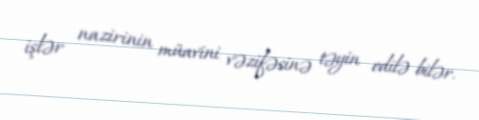
işlər nazirinin müavini vəzifəsinə təyin edilə bilər.